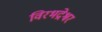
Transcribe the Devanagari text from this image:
विरभद्रेश्वर